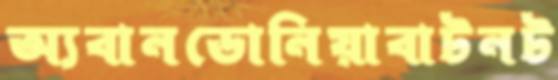
অ্যবানডোনিয়াবাটনট